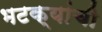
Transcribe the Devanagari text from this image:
भटक्यांची